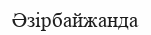
Әзірбайжанда